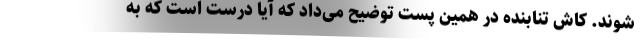
‌شوند. کاش تنابنده در همین پست توضیح می‌داد که آیا درست است که به